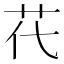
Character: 𦬴